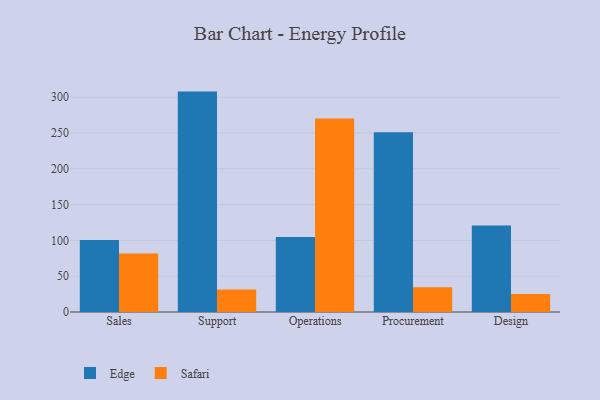
{"axis": {"x": "Department", "y": "Latency (ms)"}, "legend": ["Edge", "Safari"], "data": [{"x": "Sales", "y": 100.5, "type": "Edge"}, {"x": "Sales", "y": 81.7, "type": "Safari"}, {"x": "Support", "y": 307.8, "type": "Edge"}, {"x": "Support", "y": 31.4, "type": "Safari"}, {"x": "Operations", "y": 104.6, "type": "Edge"}, {"x": "Operations", "y": 270.4, "type": "Safari"}, {"x": "Procurement", "y": 251.2, "type": "Edge"}, {"x": "Procurement", "y": 34.4, "type": "Safari"}, {"x": "Design", "y": 120.8, "type": "Edge"}, {"x": "Design", "y": 25.2, "type": "Safari"}]}